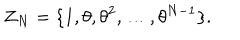
{ \mathbf Z } _ { N } = \{ 1 , \theta , { \theta } ^ { 2 } , \dots , { \theta } ^ { N - 1 } \} .